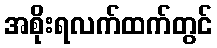
အစိုးရလက်ထက်တွင်